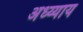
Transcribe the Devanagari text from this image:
अध्य्याय